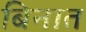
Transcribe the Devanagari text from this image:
बिनात